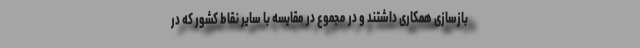
بازسازی همکاری داشتند و در مجموع در مقایسه با سایر نقاط کشور که در